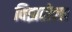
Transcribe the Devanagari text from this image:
विझलेला